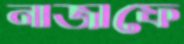
নাজাফে